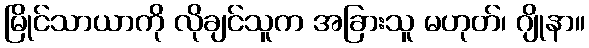
မြိုင်သာယာကို လိုချင်သူက အခြားသူ မဟုတ်၊ ဂျိုနာ။